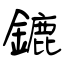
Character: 鏕